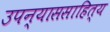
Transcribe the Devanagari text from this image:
उपन्याससाहित्य